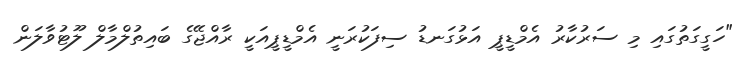
"ހަގީގަތުގައި މި ސަރުކާރު އެމްޑީޕީ އަޅުގަނޑު ސިފަކުރަނީ އެމްޑީޕީއަކީ ރާއްޖޭގެ ބައިތުލްމާލް ލޫޓުވާލަން